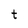
Character: t